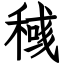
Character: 稶